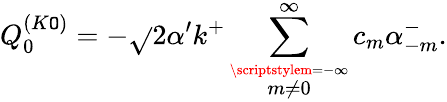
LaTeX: Q_{0}^{(K\mathtt{O})}=-\sqrt{}{{2\alpha^{\prime}}}k^{+}\sum_{\stackrel{\scriptstylem=-\infty}{m\neq0}}^{\infty}c_{m}\alpha_{-m}^{-}.